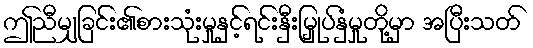
ဤညီမျှခြင်း၏စားသုံးမှုနှင့်ရင်းနှီးမြှုပ်နှံမှုတို့မှာ အပြီးသတ်